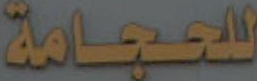
للحجامة